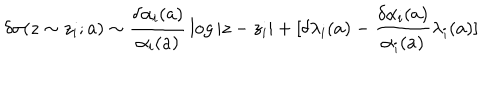
\delta \sigma ( z \sim z _ { i } ; a ) \sim { \frac { \delta \alpha _ { i } ( a ) } { \alpha _ { i } ( a ) } } \log | z - z _ { i } | + [ \delta \lambda _ { i } ( a ) - { \frac { \delta \alpha _ { i } ( a ) } { \alpha _ { i } ( a ) } } \lambda _ { i } ( a ) ]